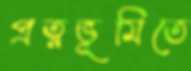
প্রত্নভূমিতে